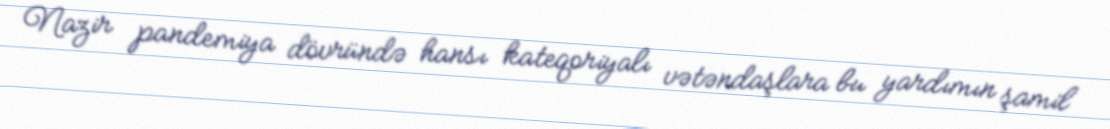
Nazir pandemiya dövründə hansı kateqoriyalı vətəndaşlara bu yardımın şamil